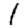
Digit: 1